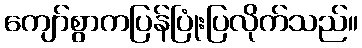
ကျော်စွာကပြန်ပြုံးပြလိုက်သည်။